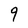
Character: 9